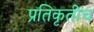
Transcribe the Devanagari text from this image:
प्रतिकृतीच